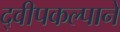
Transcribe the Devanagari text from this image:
द्वीपकल्पाने